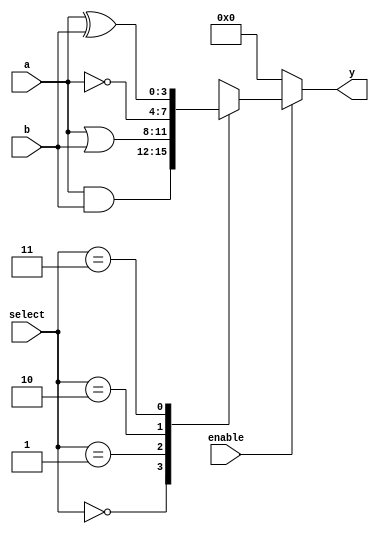
module AdjacencyGroup(
    input wire [3:0] a,          // Group inputs
    input wire [3:0] b,          // Group inputs
    input wire [1:0] select,     // Select signal for logic function
    input wire enable,            // Enable signal
    output reg [3:0] y           // Group output
);

// Logic function selection
always @(*) begin
    if (enable) begin
        case (select)
            2'b00: y = a & b;      // AND operation
            2'b01: y = a | b;      // OR operation
            2'b10: y = ~a;         // NOT operation (only on 'a')
            2'b11: y = a ^ b;      // XOR operation
            default: y = 4'b0000;  // Default case
        endcase
    end else begin
        y = 4'b0000;                // Output is zero when disabled
    end
end

endmodule